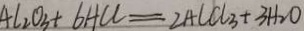
A l _ { 2 } O _ { 3 } + 6 H C l = 2 A l C l _ { 3 } + 3 H _ { 2 } O